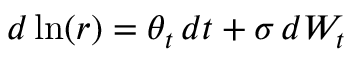
d \ln ( r ) = \theta _ { t } \, d t + \sigma \, d W _ { t }